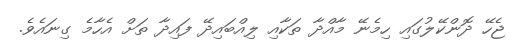
ޖެހޭ ދޮންކޭލުގައި ހިމެނޭ މާއްދާ ތަކާއި ލިއްބައިދޭ ފައިދާ ތަށް އެހާމެ ގިނައެވެ.